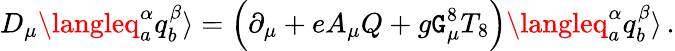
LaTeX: D_{\mu}\langleq_{a}^{\alpha}q_{b}^{\beta}\rangle=\Bigl(\partial_{\mu}+eA_{\mu}Q+g\mathtt{G}_{\mu}^{8}T_{8}\Bigr)\langleq_{a}^{\alpha}q_{b}^{\beta}\rangle\, .